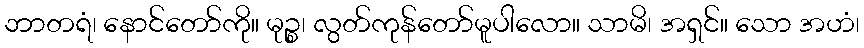
ဘာတရံ၊ နောင်တော်ကို။ မုဉ္စ၊ လွတ်ကုန်တော်မူပါလော။ သာမိ၊ အရှင်။ သော အဟံ၊